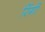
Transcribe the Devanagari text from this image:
रिंगी